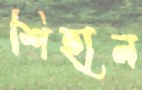
শিহান